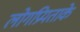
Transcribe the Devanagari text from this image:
लोगप्रियताके